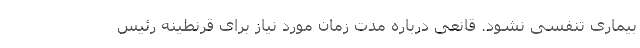
بیماری تنفسی نشود. قانعی درباره مدت زمان مورد نیاز برای قرنطینه رئیس